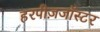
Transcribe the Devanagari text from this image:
हरपीज़जॉस्टर